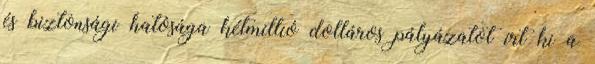
és biztonsági hatósága kétmillió dolláros pályázatot írt ki a